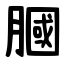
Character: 膕